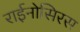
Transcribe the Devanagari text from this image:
राईनोसिरस